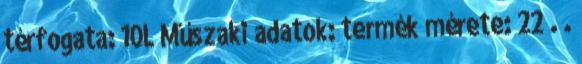
térfogata: 10L Műszaki adatok: termék mérete: 22 . .